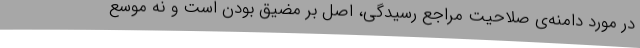
در مورد دامنه‌ی صلاحیت مراجع رسیدگی، اصل بر مضیق بودن است و نه موسع